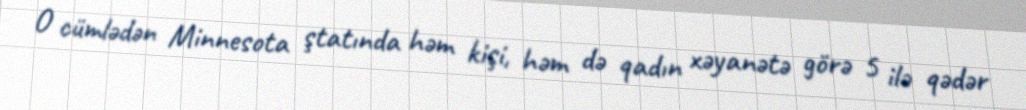
O cümlədən Minnesota ştatında həm kişi, həm də qadın xəyanətə görə 5 ilə qədər